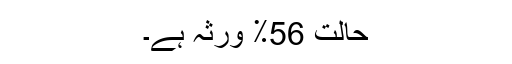
حالت 56٪ ورثہ ہے۔